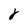
Character: 8